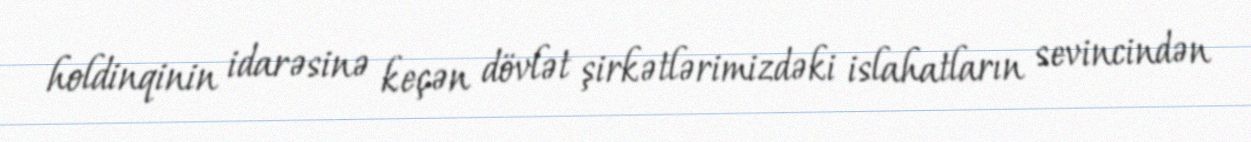
holdinqinin idarəsinə keçən dövlət şirkətlərimizdəki islahatların sevincindən